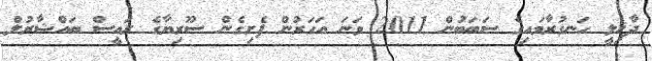
ދާޚިލީ ހަނގުރާމައިގެ ސަބަބުން 2011 ވަނަ އަހަރުން ފެށިގެން ސޫރިޔާގެ ރައީސް ބައްޝާރުލް